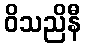
ဝိသညိနီ